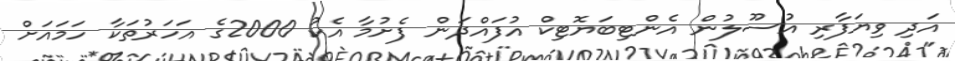
އަދި ވިޔަފާރި އުސޫލުން އެންޓިބަޔޮޓިކް އުފައްދަން ފެށުމާ އެކު 2000ގެ އަހަރުތަކާ ހަމައަށް